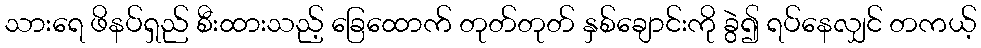
သားရေ ဖိနပ်ရှည် စီးထားသည့် ခြေထောက် တုတ်တုတ် နှစ်ချောင်းကို ခွဲ၍ ရပ်နေလျှင် တကယ့်